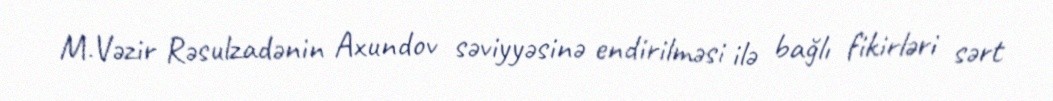
M.Vəzir Rəsulzadənin Axundov səviyyəsinə endirilməsi ilə bağlı fikirləri sərt